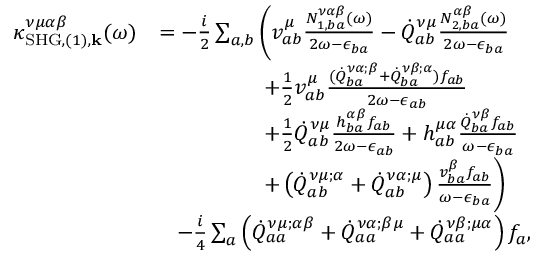
\begin{array} { r l } { \kappa _ { \mathrm { S H G } , ( 1 ) , \mathbf { k } } ^ { \nu \mu \alpha \beta } ( \omega ) } & { = - \frac { i } { 2 } \sum _ { a , b } \Bigg ( v _ { a b } ^ { \mu } \frac { N _ { 1 , b a } ^ { \nu \alpha \beta } ( \omega ) } { 2 \omega - \epsilon _ { b a } } - \dot { Q } _ { a b } ^ { \nu \mu } \frac { N _ { 2 , b a } ^ { \alpha \beta } ( \omega ) } { 2 \omega - \epsilon _ { b a } } } \\ & { \, \, \, \, \, \, \, \, \, \, \, \, \, \, \, \, \, \, \, \, \, \, \, \, \, \, \, \, \, + \frac { 1 } { 2 } v _ { a b } ^ { \mu } \frac { ( \dot { Q } _ { b a } ^ { \nu \alpha ; \beta } + \dot { Q } _ { b a } ^ { \nu \beta ; \alpha } ) f _ { a b } } { 2 \omega - \epsilon _ { a b } } } \\ & { \, \, \, \, \, \, \, \, \, \, \, \, \, \, \, \, \, \, \, \, \, \, \, \, \, \, \, \, \, + \frac { 1 } { 2 } \dot { Q } _ { a b } ^ { \nu \mu } \frac { h _ { b a } ^ { \alpha \beta } f _ { a b } } { 2 \omega - \epsilon _ { a b } } + h _ { a b } ^ { \mu \alpha } \frac { \dot { Q } _ { b a } ^ { \nu \beta } f _ { a b } } { \omega - \epsilon _ { b a } } } \\ & { \, \, \, \, \, \, \, \, \, \, \, \, \, \, \, \, \, \, \, \, \, \, \, \, \, \, \, \, \, + \left( \dot { Q } _ { a b } ^ { \nu \mu ; \alpha } + \dot { Q } _ { a b } ^ { \nu \alpha ; \mu } \right) \frac { v _ { b a } ^ { \beta } f _ { a b } } { \omega - \epsilon _ { b a } } \Bigg ) } \\ & { \, \, \, \, \, - \frac { i } { 4 } \sum _ { a } \left( \dot { Q } _ { a a } ^ { \nu \mu ; \alpha \beta } + \dot { Q } _ { a a } ^ { \nu \alpha ; \beta \mu } + \dot { Q } _ { a a } ^ { \nu \beta ; \mu \alpha } \right) f _ { a } \mathrm { , } } \end{array}